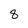
Character: 8